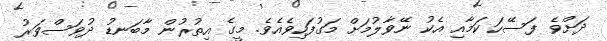
ދަށްވެ ފަސޭހަ ކަމާއި އެކު ނޭވާލުމަށް މަގުފަހިވެއެވެ. މީގެ އިތުރުން މާބަނޑު ދުވަސްވަރު